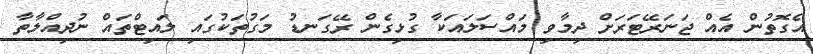
އެގޮތުން އެއް ޖަނަރޭޓަރަށް ދިމާވި މައްސަލައަކާ ގުޅިގެން ރޭގަނޑު މަގުތަކުގައި ލައިޓްތައް ނުދިއްލާތާ